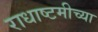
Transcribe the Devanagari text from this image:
राधाष्टमीच्या